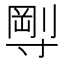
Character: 𡬼